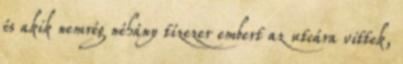
és akik nemrég néhány tízezer embert az utcára vittek,